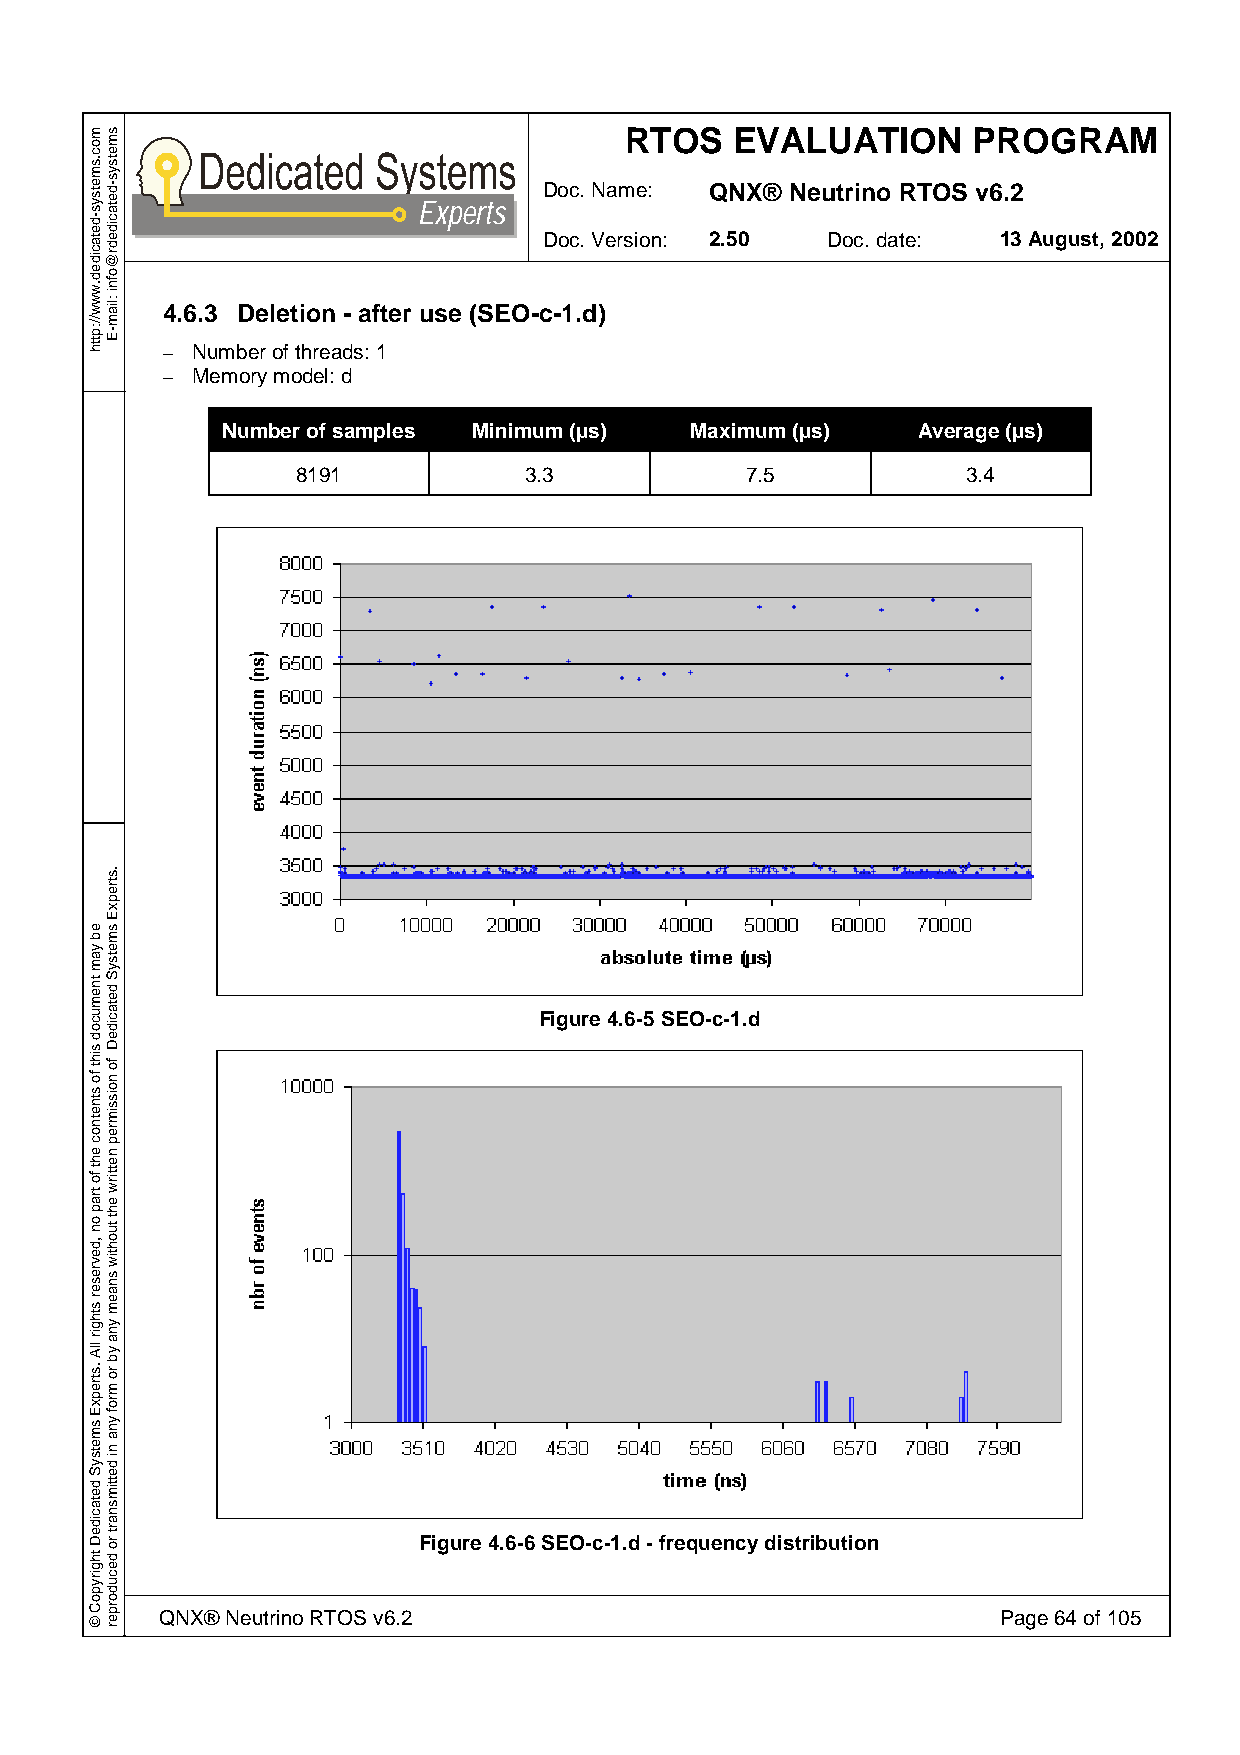
RTOS    EVALUATION     PROGRAM
 Doc. Name: QNX® Neutrino RTOS v6.2
 Experts
 Doc. Version: 2.50 Doc. date: 13 August, 2002
 4.6.3 Deletion - after use (SEO-c-1.d)
 – Number of threads: 1
 – Memory model: d
 Number of samples Minimum (µs) Maximum (µs)   Average (µs)
 8191           3.3           7.5            3.4
 Figure 4.6-5 SEO-c-1.d
 Figure 4.6-6 SEO-c-1.d - frequency distribution
 QNX® Neutrino RTOS v6.2                                Page 64 of 105
 moc.smetsys-detacided.www//:ptth
 eb
 yam
 tnemucod
 siht
 fo
 stnetnoc
 eht
 fo
 trap
 on
 ,devreser
 sthgir
 llA
 .strepxE
 smetsyS
 detacideD
 thgirypoC
 ©
 smetsys-detacidedr@ofni
 :liam-E
 .strepxE
 smetsyS
 detacideD
 fo
 noissimrep
 nettirw
 eht
 tuohtiw
 snaem
 yna
 yb
 ro
 mrof
 yna
 ni
 dettimsnart
 ro
 decudorper